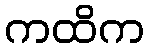
ကထိက